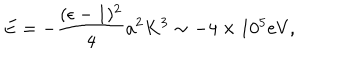
E = - { \frac { ( \epsilon - 1 ) ^ { 2 } } { 4 } } a ^ { 2 } K ^ { 3 } \sim - 4 \times 1 0 ^ { 5 } \mathrm { e V } ,